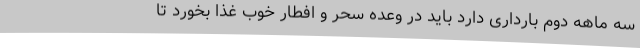
سه ماهه دوم بارداری دارد باید در وعده سحر و افطار خوب غذا بخورد تا